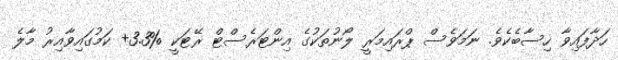
ހަދާފައިވާ ހިސާބެކެވެ. ނަމަވެސް ޕްރައިމަރީ ލޯނުތަކުގެ އިންޓަރެސްޓް ރޭޓަކީ %3.3+ ކަމުގައިވާއިރު މާލެ